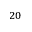
^ { 2 0 }